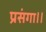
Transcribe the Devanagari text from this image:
प्रसंगा।।